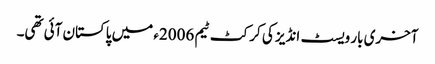
آخری بار ویسٹ انڈیز کی کرکٹ ٹیم 2006ء میں پاکستان آئی تھی۔